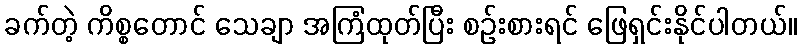
ခက်တဲ့ ကိစ္စတောင် သေချာ အကြံထုတ်ပြီး စဉ်းစားရင် ဖြေရှင်းနိုင်ပါတယ်။